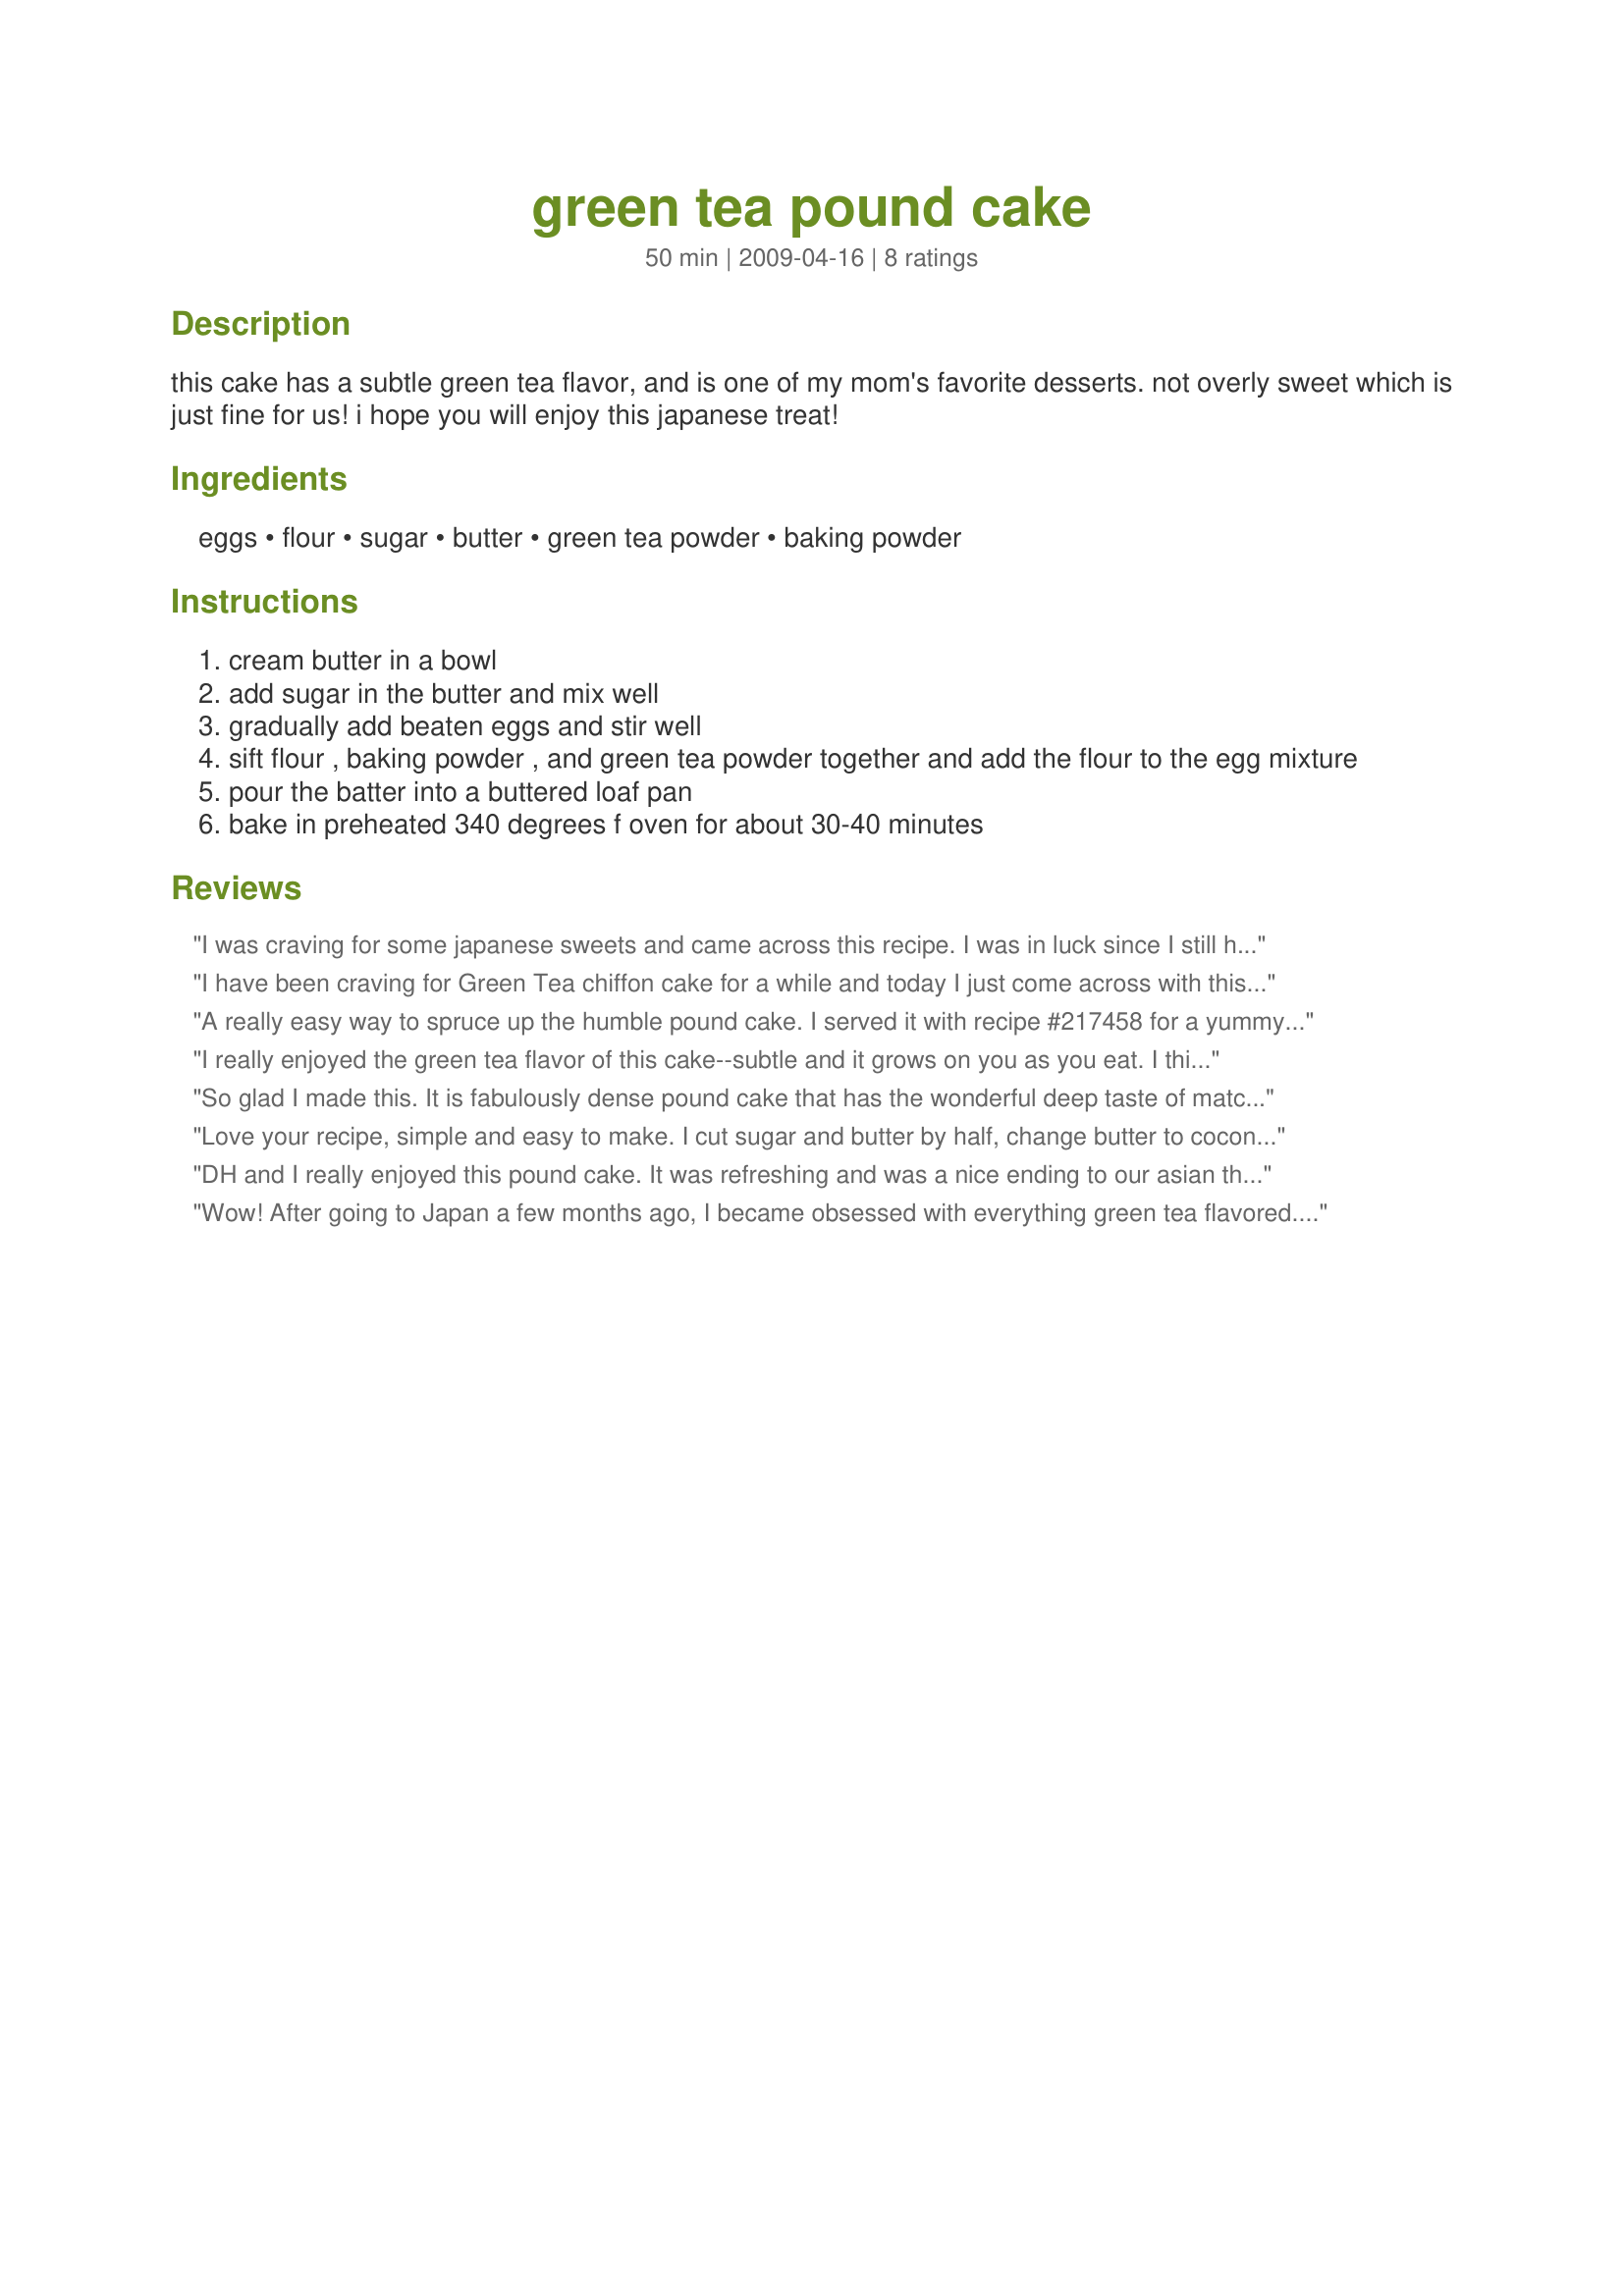
green tea pound cake
Preparation time: 50 minutes

this cake has a subtle green tea flavor, and is one of my mom's favorite desserts. not overly sweet which is just fine for us! i hope you will enjoy this japanese treat!

Ingredients:
eggs, flour, sugar, butter, green tea powder, baking powder

Steps:
cream butter in a bowl
add sugar in the butter and mix well
gradually add beaten eggs and stir well
sift flour , baking powder , and green tea powder together and add the flour to the egg mixture
pour the batter into a buttered loaf pan
bake in preheated 340 degrees f oven for about 30-40 minutes

Reviews:
I was craving for some japanese sweets and came across this recipe. I was in luck since I still have some matcha left over from making tea. I doubled the recipe, left out the 1/3 sugar and the baking powder since I didnt have any. Came out okay, though I think adding the baking powder will help it rise a bit more. I used a loaf pan and had to bake it for about 5 more minutes (~ 43 mins). Tastes yummy and delicious. Next time, use even less sugar. It came out a little bit too sweet for my taste. Will definitely make this again. Thank you for this yummy recipe! =)
I have been craving for Green Tea chiffon cake for a while and today I just come across with this great easy recipe. So I told myself to half the recipe so that I won&#039;t over eat. Two modifications that I did:&lt;br/&gt;&lt;br/&gt;- instead of using 1/2 cup of butter, I used 1/2 cup of grapeseed oil which made the cake more moist and fluffy.&lt;br/&gt;- instead of using 1 cup of flour, I used 1 cup of fortified cake flour that I got from the Chinese grocery. This is not the regular &quot;cake flour&quot; that you can get from Kroger or Tom Thumb. It is the &quot;fortified cake flour&quot; that has 7.8 g of protein in it. The Fortified cake flour made the cake very soft and raised properly. &lt;br/&gt;Overall I am giving this recipe 5 stars because the cake is so soft and moist and fluffy. It is like the cake that I had in Japan! Highly recommend using the fortified cake flour and grapeseed oil. It is worth it! My picture does not look too good because I couldn&#039;t even wait to put the cake on the plate and I ate it right off from the parchment paper! The baking time for my &quot;half&quot; recipe is 30 minutes in a rectangular baking tin. (the ones that people use for banana nut bread) It turned out to be very very good!
A really easy way to spruce up the humble pound cake. I served it with recipe #217458 for a yummy but slightly exotic treat.
I really enjoyed the green tea flavor of this cake--subtle and it grows on you as you eat. I think Sarah_Jayne's picture is very accurate. I did reduce the sugar to about 1/2 c., took out one egg yolk, reduced the butter to 1/4 c., and added a half cup of applesauce. Still very tasty. Perfect sweetness. If I was feeling indulgent, I might add back a bit more of the butter. I served with dark chocolate covered crystalized ginger (which was a great pairing). Mine was moist, though probably not as dense as others. Also, because of the lower fat content, I think, I only needed to bake for about 30 minutes.
So glad I made this. It is fabulously dense pound cake that has the wonderful deep taste of matcha tea and it's delicious. I used a small 6 3/4 inch round cake pan that is quite deep. I baked it for 35 minutes and next time I plan on cutting it back to 32 minutes. Please thank you mom for sharing this recipe with us. It will be made often in our home from now whenever we want a dessert that is simple to make and fabulous.
Love your recipe, simple and easy to make. I cut sugar and butter by half, change butter to coconut oil, and use GF flour instead, still so good. Can't imagine how good the original recipe would taste.
DH and I really enjoyed this pound cake. It was refreshing and was a nice ending to our asian themed meal! Thanks for a great recipe. I will definitely make this again.
Wow! After going to Japan a few months ago, I became obsessed with everything green tea flavored. This was utterly divine and so easy to make! I used a little grapeseed oil in place of some of the butter as per some other reviewer's recommendation, but kept everything else the same. Texture is perfect!
